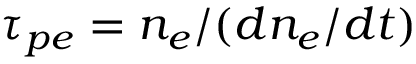
\tau _ { p e } = n _ { e } / ( d n _ { e } / d t )